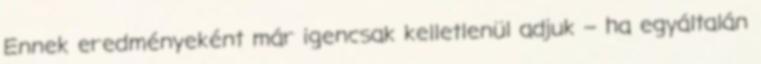
Ennek eredményeként már igencsak kelletlenül adjuk – ha egyáltalán